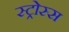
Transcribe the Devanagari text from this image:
स्ट्रोस्स